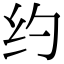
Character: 约